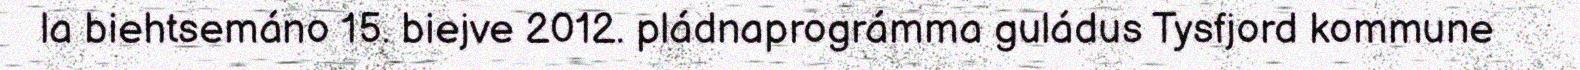
la biehtsemáno 15. biejve 2012. pládnaprográmma guládus Tysfjord kommune